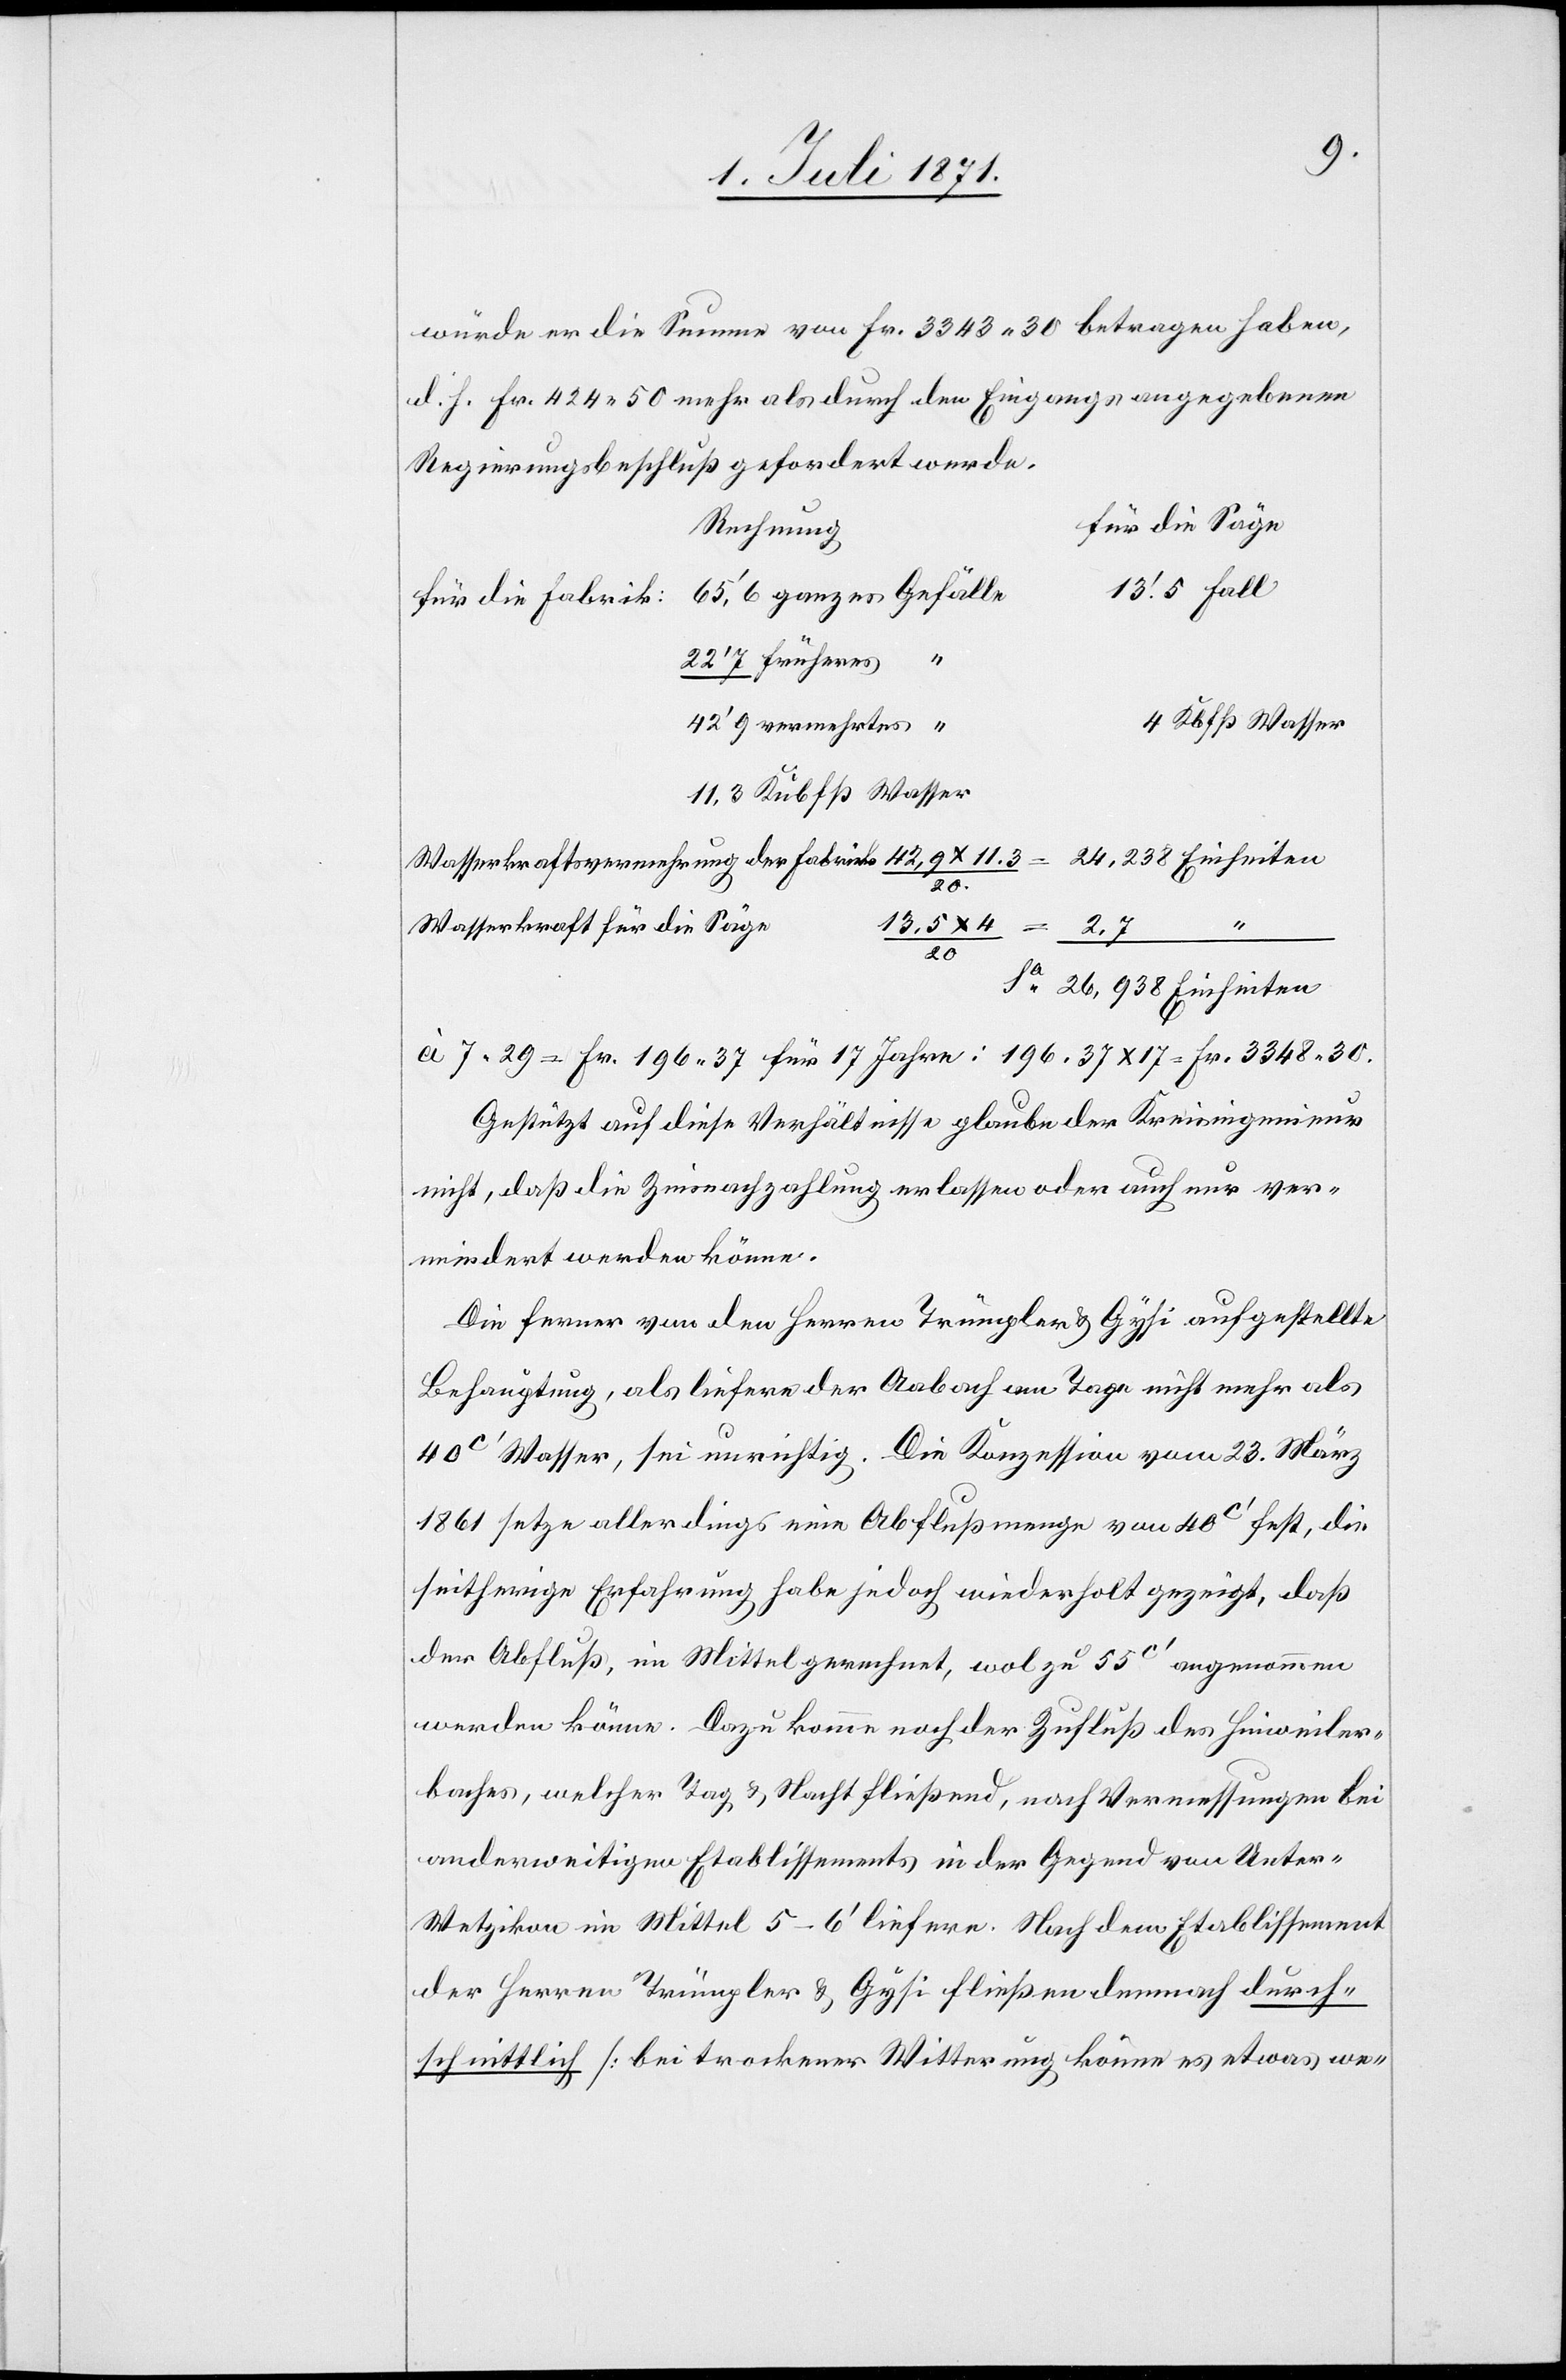
würde er die Summe von Fr. 3343.30 betragen haben,
d. h. Fr. 424.50 mehr als durch den Eingangs angegebenen
Regierungsbeschluß gefordert werde.
für die Säge
Rechnung
13.‘5 Fall
65.‘6 ganzes Gefälle
für die Fabrik:
22‘7 früheres “
4 Kbfß Wasser
42‘9 vermehrtes “
11.3 Kubfß Wasser
26,938 Einheiten
20.
Wasserkraft für die Säge
20
à 7.29 = Fr. 196.37 für 17 Jahre: 196.37x17 = Fr. 3348.30.
Gestützt auf diese Verhältnisse glaube der Kreisingenieur
nicht, daß die Zinsnachzahlung erlassen oder auch nur ver¬
mindert werden könne.
Die ferner von den Herren Trümpler u. Gysi aufgestellte
Behauptung, als liefere der Aabach am Tage nicht mehr als
40c‘ Wasser, sei unrichtig. Die Konzession vom 23. März
1861 setze allerdings eine Abflußmenge von 40c‘ fest, die
seitherige Erfahrung habe jedoch wiederholt gezeigt, daß
der Abfluß, im Mittel gerechnet, wol zu 55c‘ angenommen
werden könne. Dazu komme noch der Zufluß des Hinweiler¬
baches, welcher Tag u. Nacht fließend, nach Vermessung bei
anderweitigen Etablissements in der Gegend von Unter-W¬
etzikon im Mittel 5–6‘ liefere. Nach dem Etablissement
der Herren Trümpler u. Gysi fließen demnach durch¬
schnittlich [bei trockener Witterung könne es etwas we-